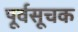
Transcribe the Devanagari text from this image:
पूर्वसूचक